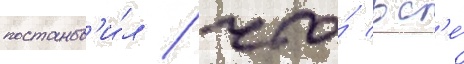
постанов'и́л / что́ вс'е́